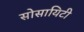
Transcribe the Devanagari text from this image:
सोसायिटी